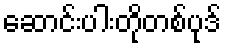
ဆောင်းပါးတိုတစ်ပုဒ်